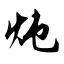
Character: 炖